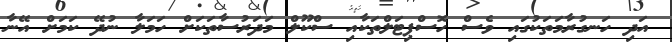
އަދި ހަނގުރާމަތަކުގައި ވެސް ހޮސްޕިޓަލްތަކާއި ސްކޫލް މަދަރުސާތަކަށް ހަމަލާ ނުދޭ ކަމަށް އޭނާ